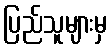
ပြည်သူများမှ